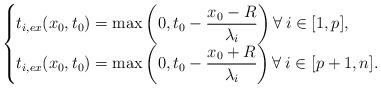
LaTeX: \begin{align*}\begin{cases}t_{i,ex}(x_0,t_0)=\max\left(0,t_0-\dfrac{x_0-R}{\lambda_i}\right) \forall\: i\in [1,p],\\t_{i,ex}(x_0,t_0)=\max\left(0,t_0-\dfrac{x_0+R}{\lambda_i}\right) \forall\: i\in [p+1,n].\end{cases}\end{align*}